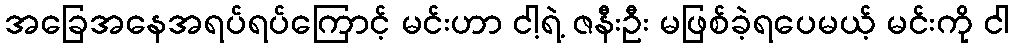
အခြေအနေအရပ်ရပ်ကြောင့် မင်းဟာ ငါ့ရဲ့ ဇနီးဦး မဖြစ်ခဲ့ရပေမယ့် မင်းကို ငါ